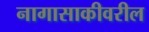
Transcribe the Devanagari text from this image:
नागासाकीवरील